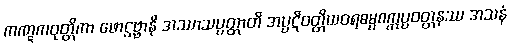
ကဏ္ဋကဝုတ္တိကာ ဖောဋ္ဌဗ္ဗာနိ အဿာသပ္ပတ္တာတိ အပ္ပဋိဝတ္တိယဝရဓမ္မစက္ကပ္ပဝတ္တနဿ အသနံ